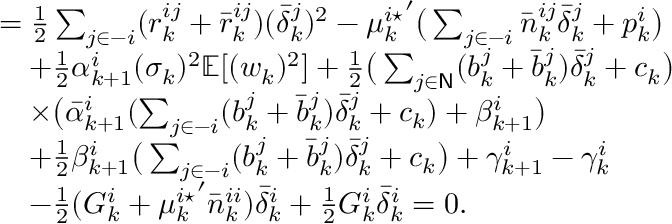
\begin{array} { r l } & { = \frac { 1 } { 2 } \sum _ { j \in - i } ( r _ { k } ^ { i j } + \bar { r } _ { k } ^ { i j } ) ( \bar { \delta } _ { k } ^ { j } ) ^ { 2 } - { \mu _ { k } ^ { i \star } } ^ { \prime } \big ( \sum _ { j \in - i } \bar { n } _ { k } ^ { i j } \bar { \delta } _ { k } ^ { j } + p _ { k } ^ { i } \big ) } \\ & { \quad + \frac { 1 } { 2 } \alpha _ { k + 1 } ^ { i } ( \sigma _ { k } ) ^ { 2 } \mathbb { E } [ ( w _ { k } ) ^ { 2 } ] + \frac { 1 } { 2 } \big ( \sum _ { j \in \mathsf { N } } ( b _ { k } ^ { j } + \bar { b } _ { k } ^ { j } ) \bar { \delta } _ { k } ^ { j } + c _ { k } \big ) } \\ & { \quad \times \big ( \bar { \alpha } _ { k + 1 } ^ { i } ( \sum _ { j \in - i } ( b _ { k } ^ { j } + \bar { b } _ { k } ^ { j } ) \bar { \delta } _ { k } ^ { j } + c _ { k } ) + \beta _ { k + 1 } ^ { i } \big ) } \\ & { \quad + \frac { 1 } { 2 } \beta _ { k + 1 } ^ { i } \big ( \sum _ { j \in - i } ( b _ { k } ^ { j } + \bar { b } _ { k } ^ { j } ) \bar { \delta } _ { k } ^ { j } + c _ { k } \big ) + \gamma _ { k + 1 } ^ { i } - \gamma _ { k } ^ { i } } \\ & { \quad - \frac { 1 } { 2 } ( G _ { k } ^ { i } + { \mu _ { k } ^ { i \star } } ^ { \prime } \bar { n } _ { k } ^ { i i } ) \bar { \delta } _ { k } ^ { i } + \frac { 1 } { 2 } G _ { k } ^ { i } \bar { \delta } _ { k } ^ { i } = 0 . } \end{array}